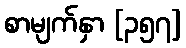
စာမျက်နှာ [၃၅၇]